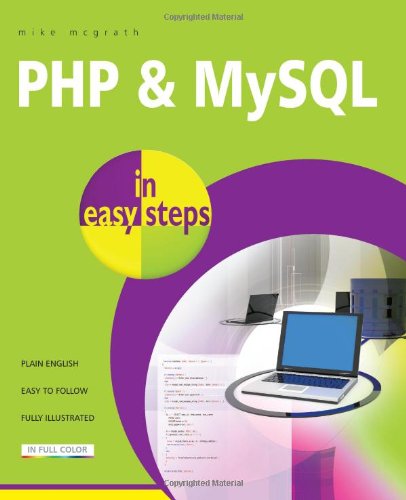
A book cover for PHP and MySQL in Easy Steps; Mike McGrath; Computers & Technology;